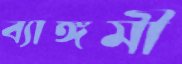
ব্যাঙ্গমী